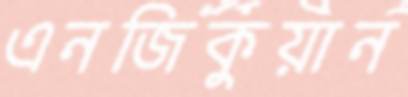
এনজিকুয়ান